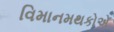
વિમાનમથકોએ